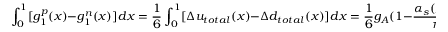
\int _ { 0 } ^ { 1 } [ g _ { 1 } ^ { p } ( x ) - g _ { 1 } ^ { n } ( x ) ] d x = \frac { 1 } { 6 } \int _ { 0 } ^ { 1 } [ \Delta u _ { t o t a l } ( x ) - \Delta d _ { t o t a l } ( x ) ] d x = \frac { 1 } { 6 } g _ { A } ( 1 - \frac { \alpha _ { s } ( Q ^ { 2 } ) } { \pi } + h . o . c . ) ,